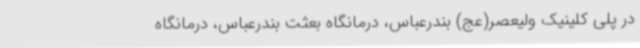
در پلی کلینیک ولیعصر(عج) بندرعباس، درمانگاه بعثت بندرعباس، درمانگاه